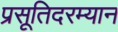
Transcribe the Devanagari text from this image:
प्रसूतिदरम्यान